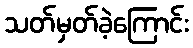
သတ်မှတ်ခဲ့ကြောင်း